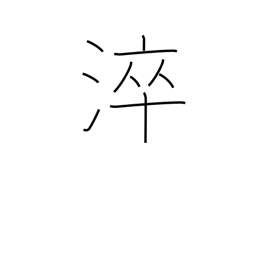
Meaning: quench